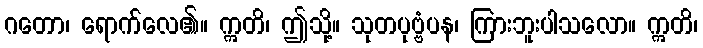
ဂတော၊ ရောက်လေ၏။ ဣတိ၊ ဤသို့။ သုတပုဗ္ဗံပန၊ ကြားဘူးပါသလော။ ဣတိ၊